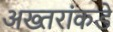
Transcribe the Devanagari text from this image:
अख्तरांकडे